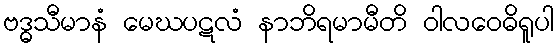
ဗဒ္ဓသီမာနံ မေဃပဋလံ နာဘိရမာမီတိ ဝါလဝေဓိရူပါ